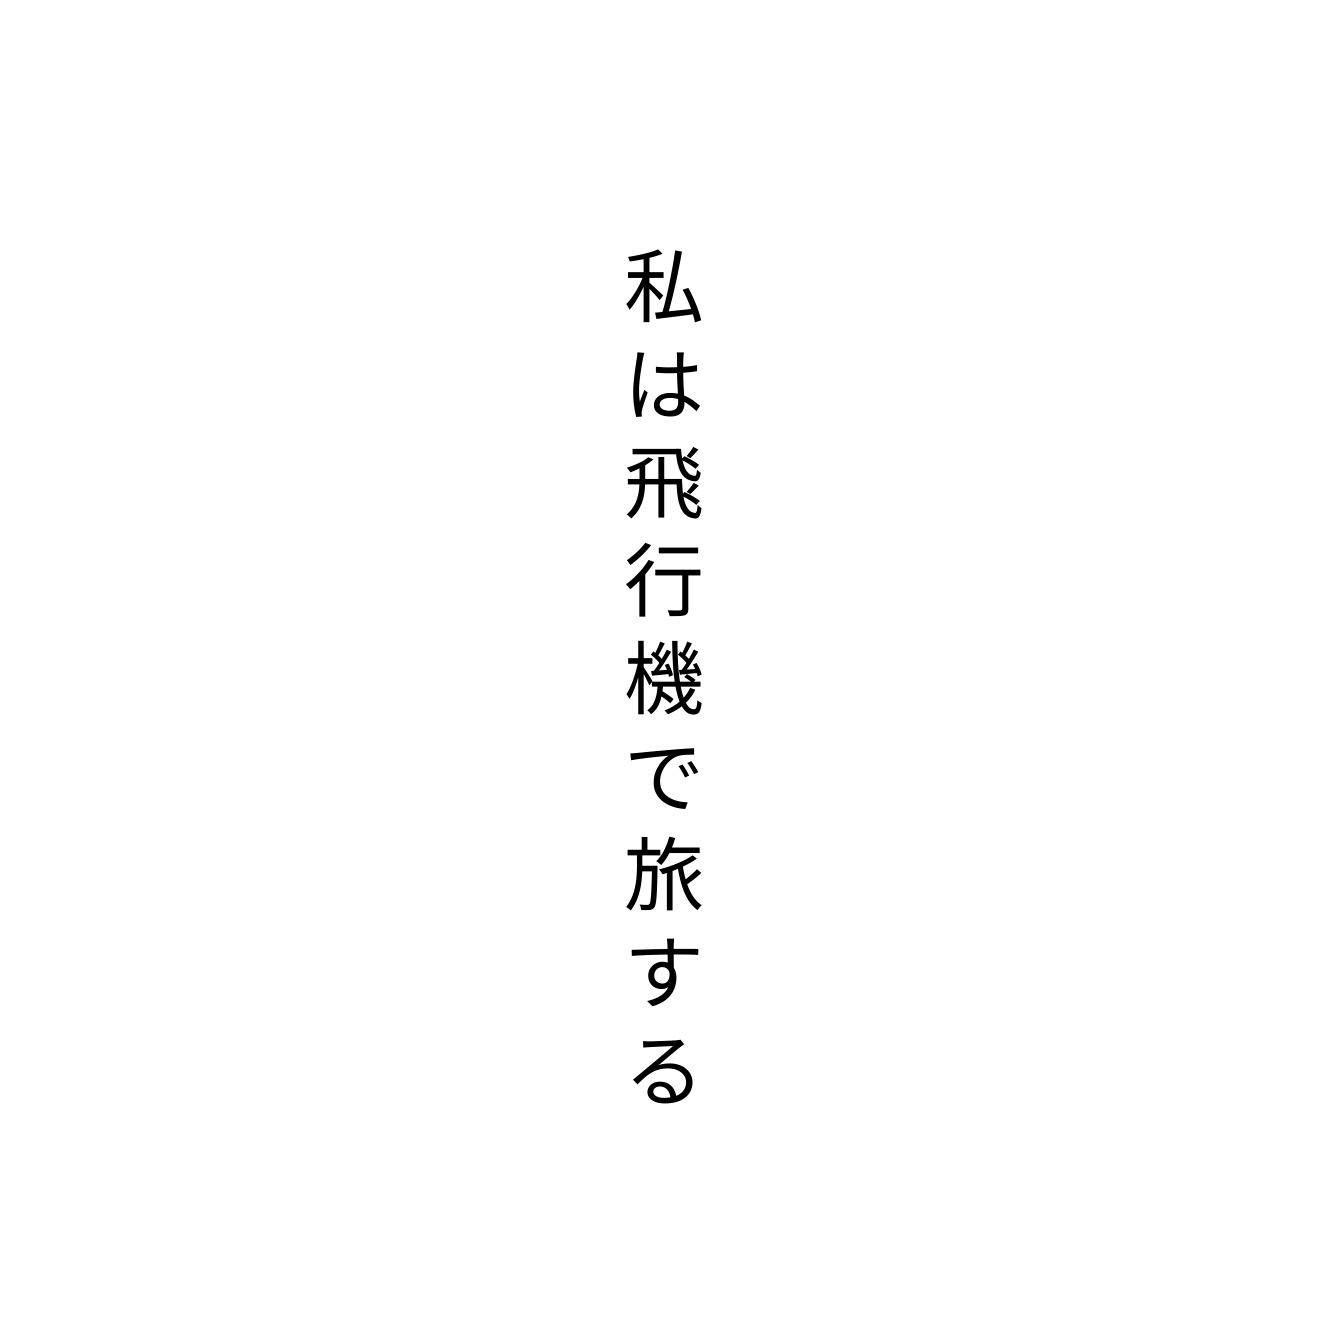
私は飛行機で旅する